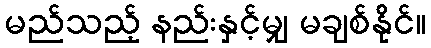
မည်သည့် နည်းနှင့်မျှ မချစ်နိုင်။